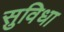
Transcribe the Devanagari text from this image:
सुविधा